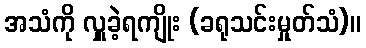
အသံကို လှူခဲ့ရကျိုး (ခရုသင်းမှုတ်သံ)။